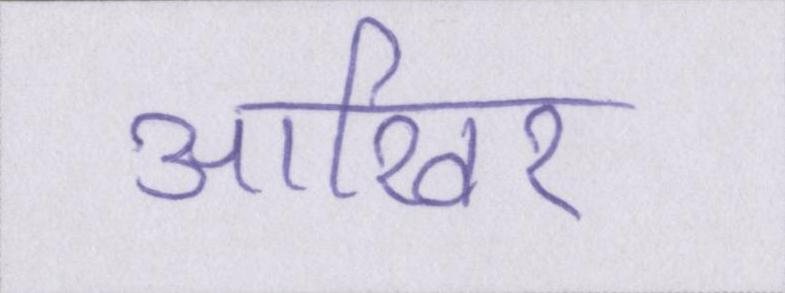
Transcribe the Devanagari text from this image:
आखिर